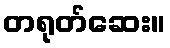
တရုတ်ဆေး။